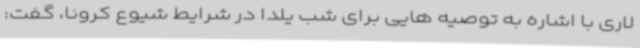
لاری با اشاره به توصیه هایی برای شب یلدا در شرایط شیوع کرونا، گفت: